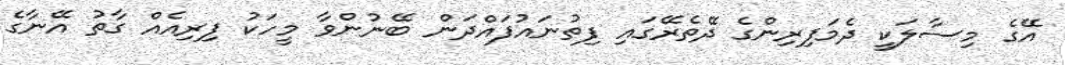
އޭގެ މިސާލަކީ ދެމަފިރިންގެ ދޭތެރޭގައި ފިތުނައުފައްދަން ބޭނުންވާ މީހަކު ފިރިއެއް ގާތު އޭނާގެ